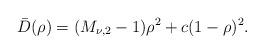
LaTeX: \begin{align*}\bar{D}(\rho) &= (M_{\nu,2}-1)\rho^2+c(1-\rho)^2.\end{align*}